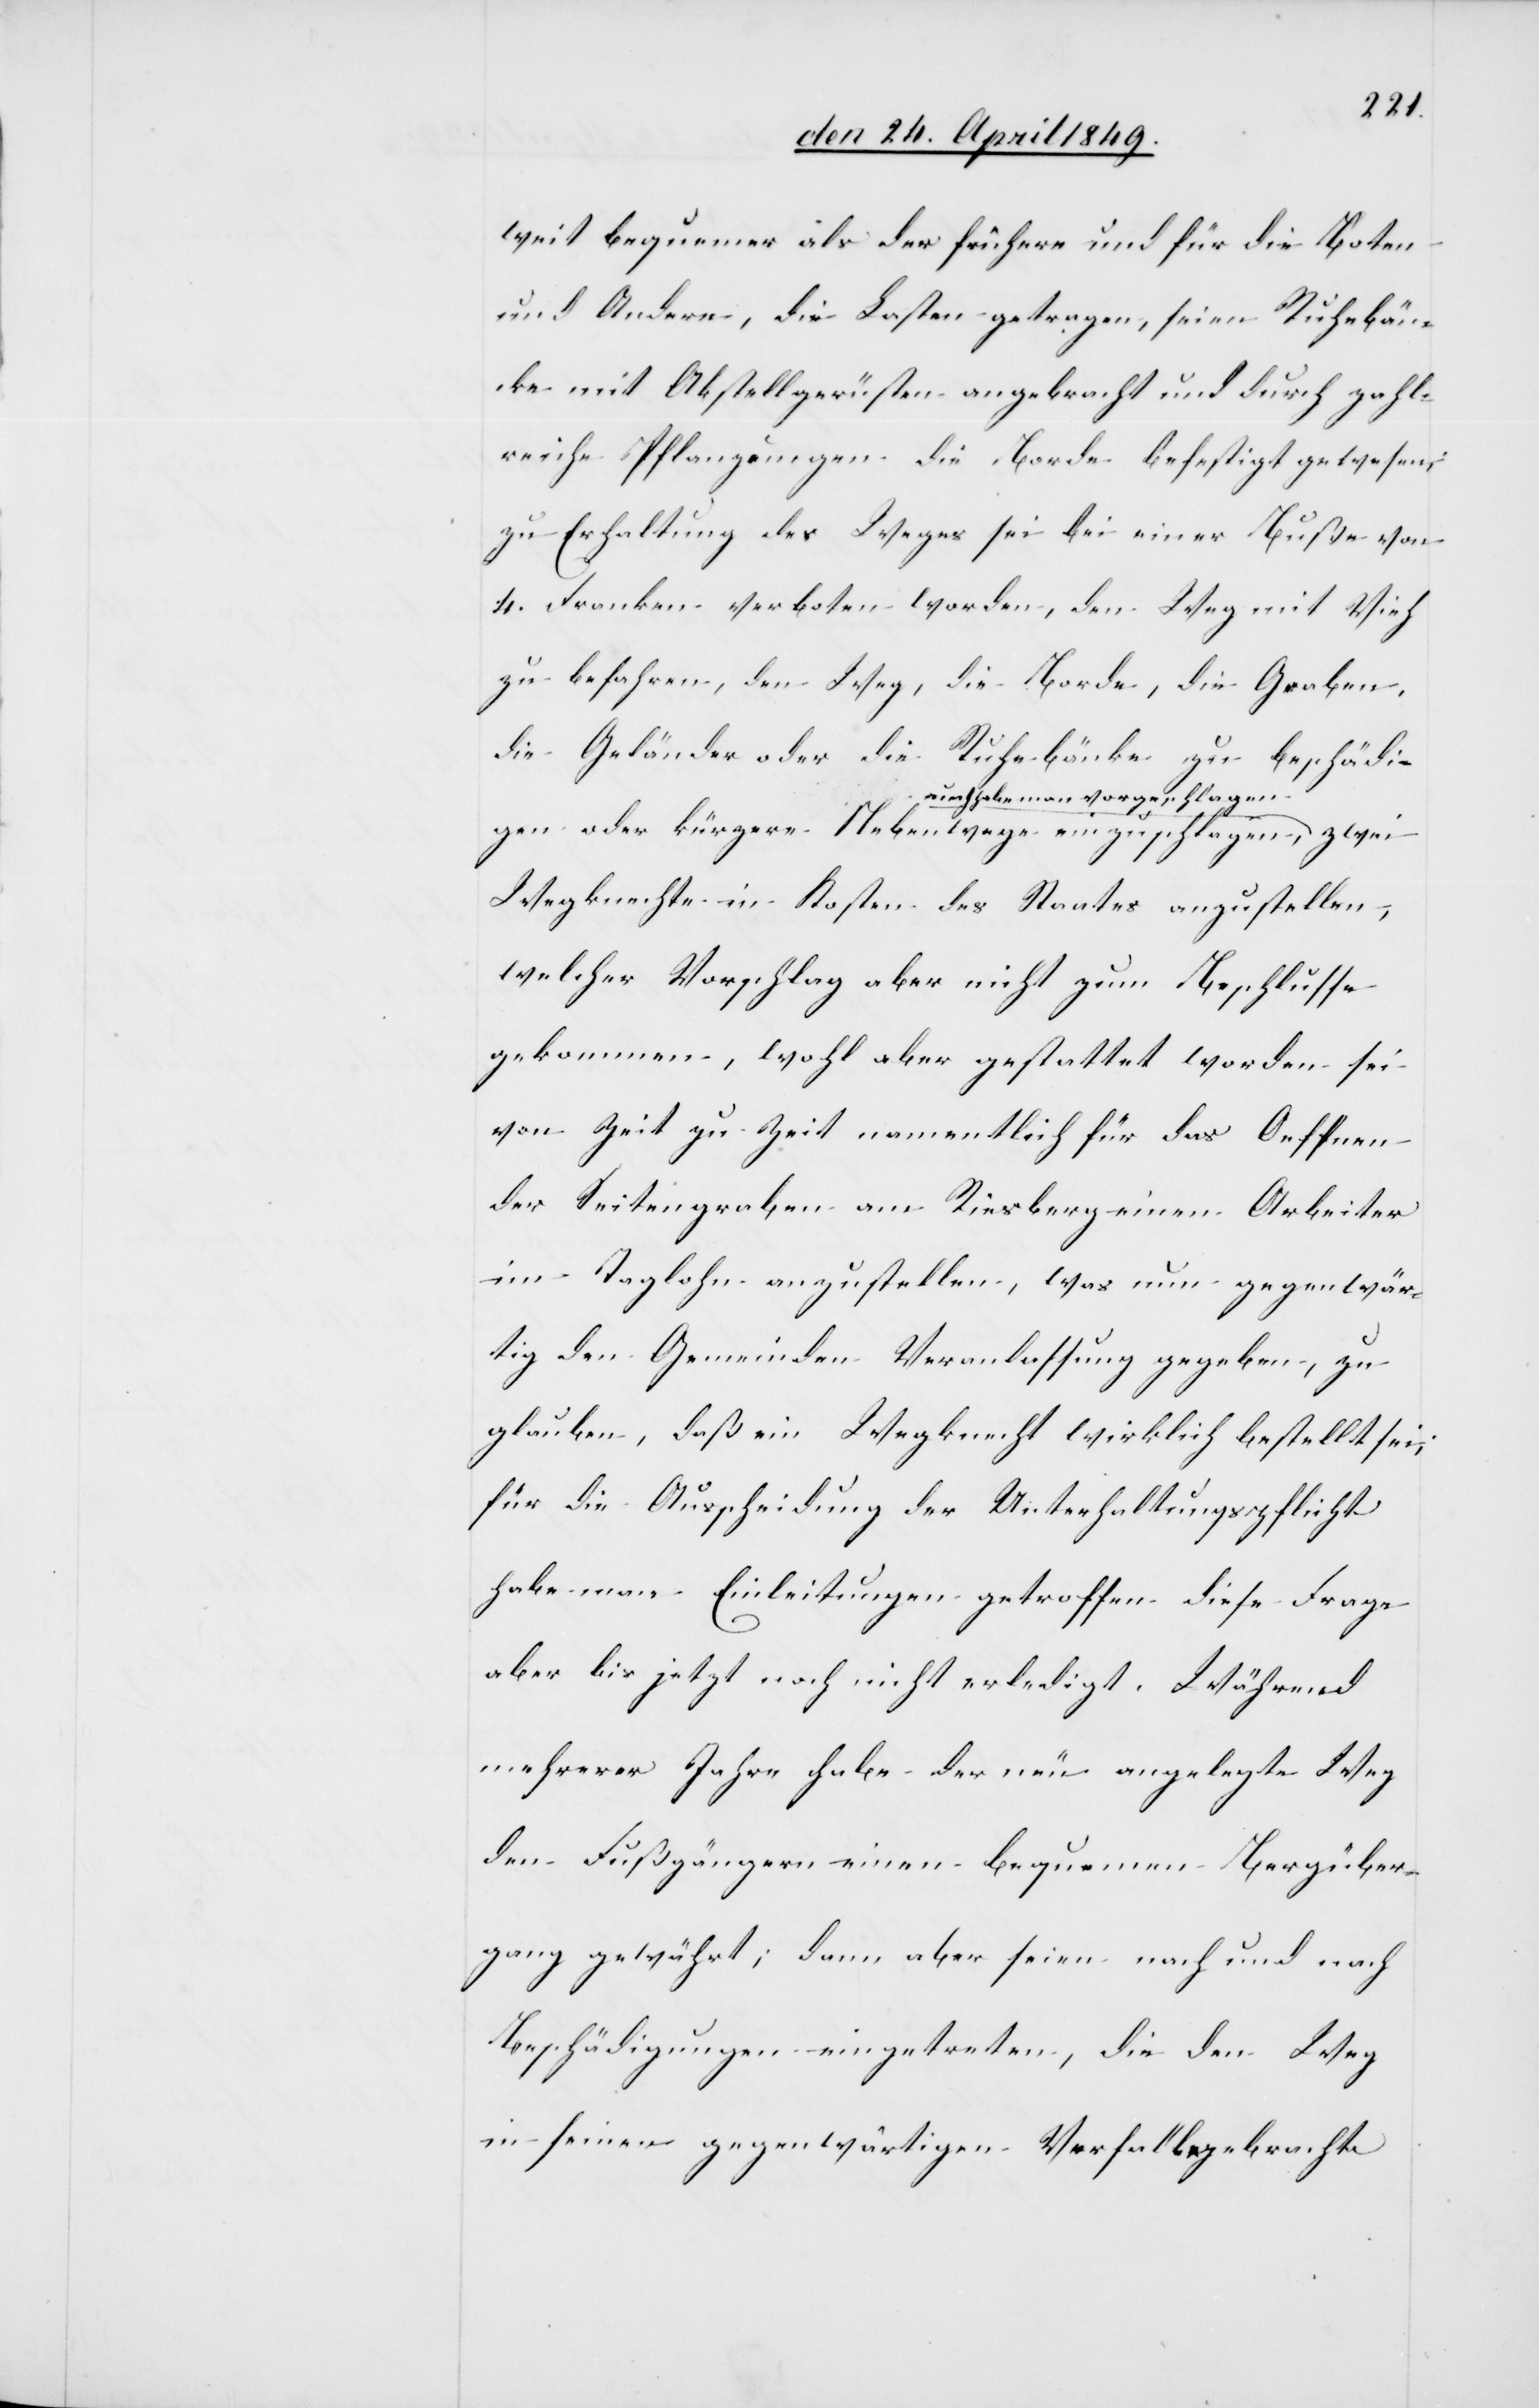
weit bequemer als der frühere und für die Boten
und Andere, die Lasten getragen, seien Ruhebän¬
cke mit Abstellgerüsten angebracht und durch zahl¬
reiche Pflanzungen die Borde befestigt gewesen;
zu Erhaltung des Weges sei bei einer Buße von
4. Franken verboten worden, den Weg mit Vieh
zu befahren, den Weg, die Borde, die Graben,
die Geländer oder die Ruhebänke zu beschädi¬
n habe man vorgeschlagen
gen oder kürzere Nebenwege einzuschlagen, nu¬
Wegknechte in Kosten des Staates anzustellen,
welcher Vorschlag aber nicht zum Beschlusse
gekommen, wohl aber gestattet worden sei
von Zeit zu Zeit namentlich für das Oeffnen
der Seitengraben am Riesberg einen Arbeiter
im Taglohn anzustellen, was nun gegenwär¬
tig den Gemeinden Veranlassung gegeben, zu
glauben, daß ein Wegknecht wirklich bestellt sei;
für die Ausscheidung der Unterhaltungspflicht
habe man Einleitungen getroffen diese Frage
aber bis jetzt noch nicht erledigt. Während
mehrerer Jahre habe der neu angelegte Weg
den Fußgängern einen bequemen Bergüber¬
gang gewährt; dann aber seien nach und nach
Beschädigungen eingetreten, die den Weg
in seinen gegenwärtigen Verfall gebracht.